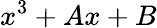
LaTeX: x^{3}+Ax+B